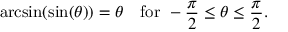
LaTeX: \arcsin ( \sin ( \theta ) ) = \theta \quad { \mathrm { f o r ~ } } - { \frac { \pi } { 2 } } \leq \theta \leq { \frac { \pi } { 2 } } .